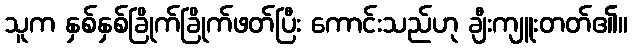
သူက နှစ်နှစ်ခြိုက်ခြိုက်ဖတ်ပြီး ကောင်းသည်ဟု ချီးကျူးတတ်၏။